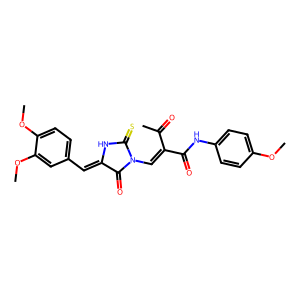
SMILES: COc1ccc(NC(=O)C(=CN2C(=O)C(=Cc3ccc(OC)c(OC)c3)NC2=S)C(C)=O)cc1
Inhibits HIV replication: No